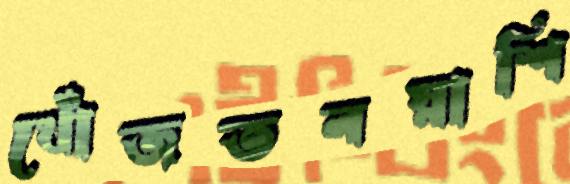
খোঁজতলস্নাশি